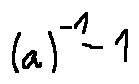
( a ) ^ { - 1 } - 1